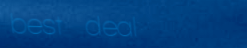
best deal